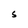
Character: S